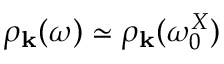
\rho _ { { \bf k } } ( \omega ) \simeq \rho _ { { \bf k } } ( \omega _ { 0 } ^ { X } )